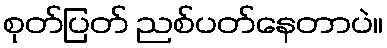
စုတ်ပြတ် ညစ်ပတ်နေတာပဲ။